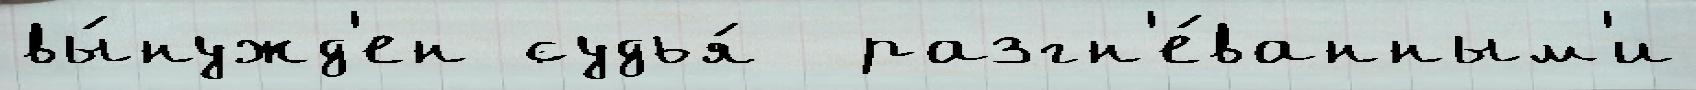
вы́нужд'ен судья́  разгн'е́ванным'и